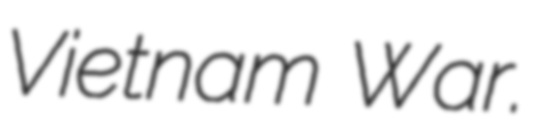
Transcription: Vietnam War.